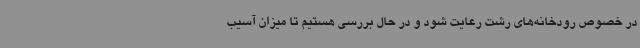
در خصوص رودخانه‌های رشت رعایت شود و در حال بررسی هستیم تا میزان آسیب